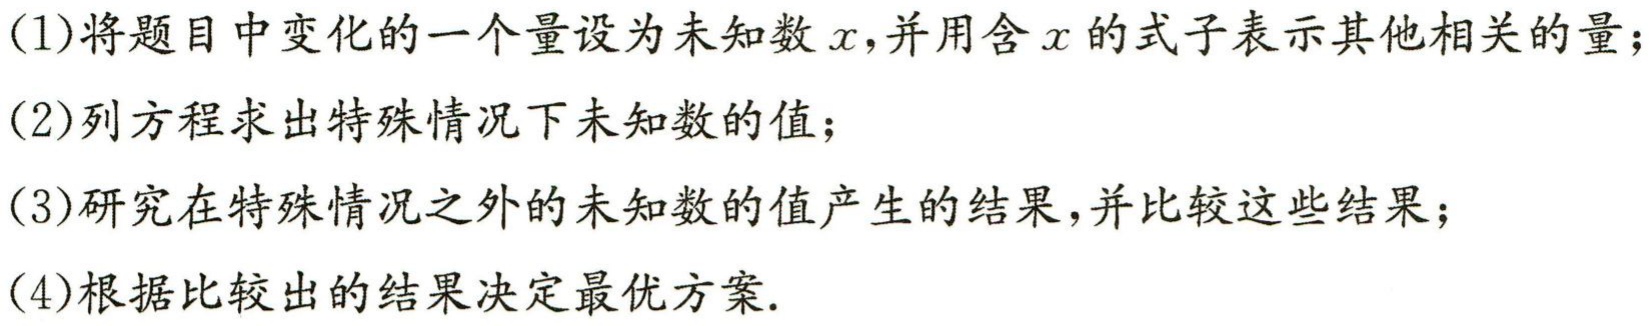
(1)将题目中变化的一个量设为未知数\(x\)，并用含\(x\)的式子表示其他相关的量；

(2)列方程求出特殊情况下未知数的值；

(3)研究在特殊情况之外的未知数的值产生的结果，并比较这些结果；

(4)根据比较出的结果决定最优方案.